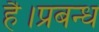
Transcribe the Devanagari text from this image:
है।प्रबन्ध